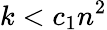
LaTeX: k<c_{1}n^{2}